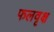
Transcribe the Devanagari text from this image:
फलवृक्ष